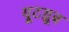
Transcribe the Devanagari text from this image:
यूटय़ूब